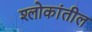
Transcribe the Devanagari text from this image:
श्लोकांतील